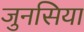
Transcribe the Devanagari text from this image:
जुनसिया